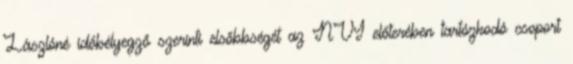
Lászlóné időbélyegző szerinti elsőbbségét az NVI előterében tartózkodó csoport